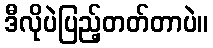
ဒီလိုပဲပြည့်တတ်တာပဲ။